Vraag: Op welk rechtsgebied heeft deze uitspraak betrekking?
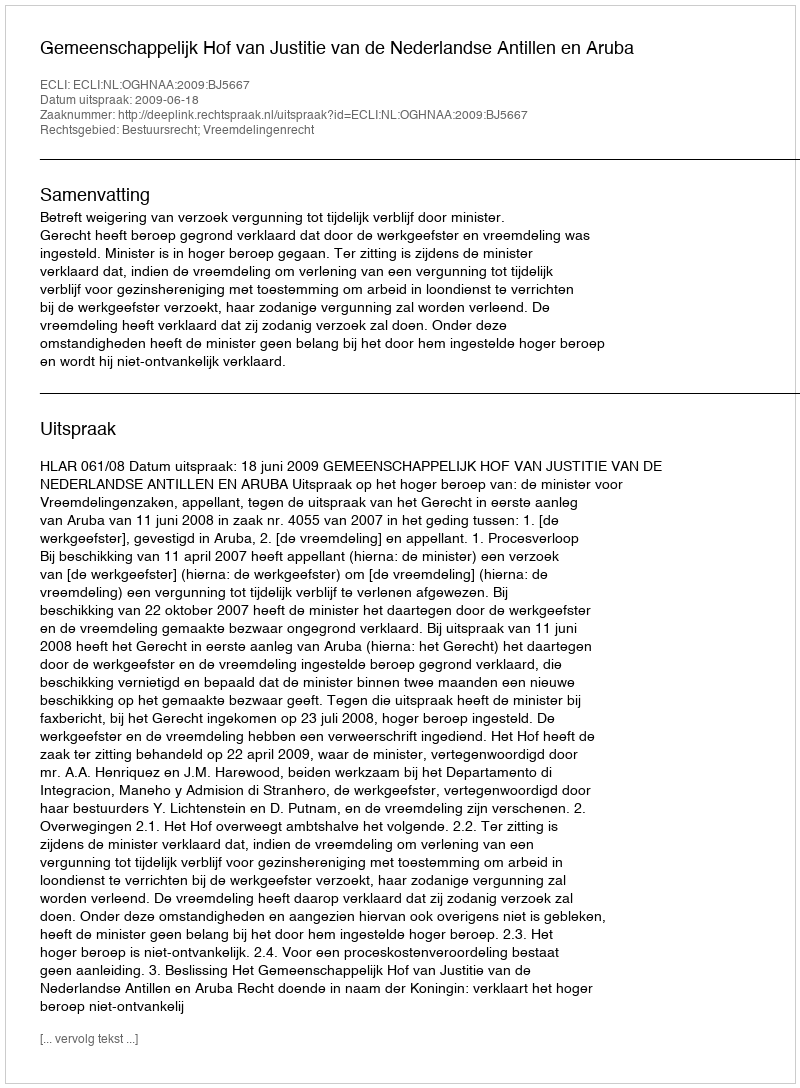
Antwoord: Bestuursrecht; Vreemdelingenrecht